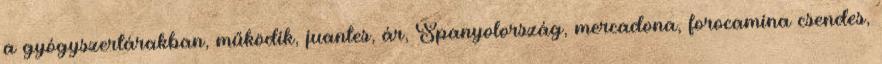
a gyógyszertárakban, működik, juantes, ár, Spanyolország, mercadona, forocamina csendes,